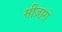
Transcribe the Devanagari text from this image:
सीज़ारो